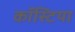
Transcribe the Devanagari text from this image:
कॉस्टिया